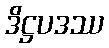
ဒိဋ္ဌပဒဿ